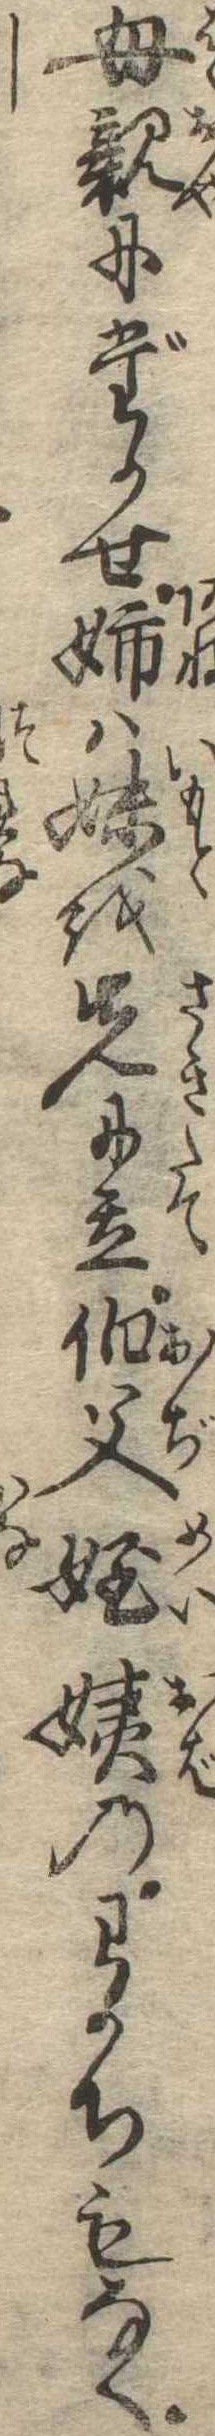
母親にだかせ姉は妹を先に立伯父姪姨のわかちもなく